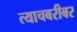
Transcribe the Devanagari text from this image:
त्याचबरीबर